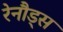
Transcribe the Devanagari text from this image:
रेनौड्स